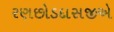
રણછોડદાસજીએ